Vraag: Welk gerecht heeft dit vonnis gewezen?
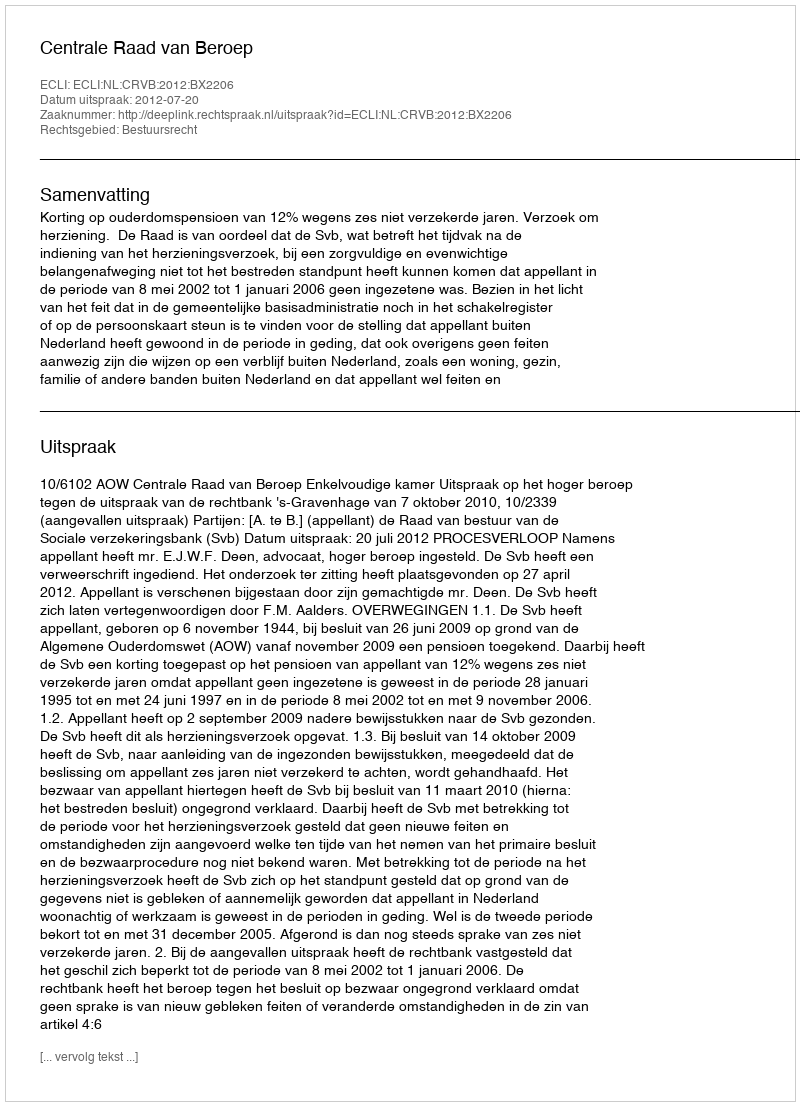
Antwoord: Centrale Raad van Beroep